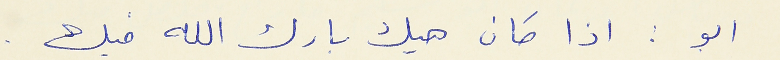
ابو : اذا كان هيك بارك الله فيك .